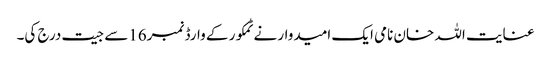
عنایت اللہ خان نامی ایک امیدوار نے ٹمکور کے وارڈ نمبر16سے جیت درج کی۔